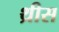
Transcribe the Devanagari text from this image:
थ्रीस